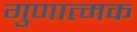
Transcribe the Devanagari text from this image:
गुणात्‍मक